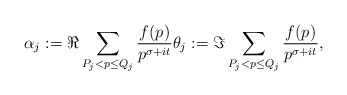
\begin{align*}\alpha_j := \Re \sum_{P_j < p \leq Q_j} \frac{f(p)}{p^{\sigma +it}} \theta_j := \Im \sum_{P_j < p \leq Q_j} \frac{f(p)}{p^{\sigma+it}},\end{align*}